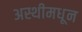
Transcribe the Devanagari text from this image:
अस्थीमधून